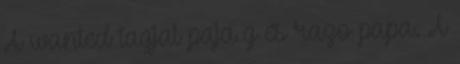
A wanted tagjai paja g és razo papa. A